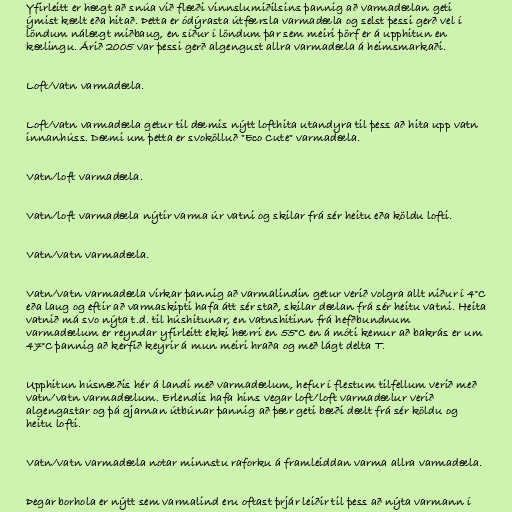
Yfirleitt er hægt að snúa við flæði vinnslumiðilsins þannig að varmadælan geti
ýmist kælt eða hitað. Þetta er ódýrasta útfærsla varmadæla og selst þessi gerð vel í
löndum nálægt miðbaug, en síður í löndum þar sem meiri þörf er á upphitun en
kælingu. Árið 2005 var þessi gerð algengust allra varmadæla á heimsmarkaði.

Loft/vatn varmadæla.

Loft/vatn varmadæla getur til dæmis nýtt lofthita utandyra til þess að hita upp vatn
innanhúss. Dæmi um þetta er svokölluð "Eco Cute" varmadæla.

Vatn/loft varmadæla.

Vatn/loft varmadæla nýtir varma úr vatni og skilar frá sér heitu eða köldu lofti.

Vatn/vatn varmadæla.

Vatn/vatn varmadæla virkar þannig að varmalindin getur verið volgra allt niður í 4°C
eða laug og eftir að varmaskipti hafa átt sér stað, skilar dælan frá sér heitu vatni. Heita
vatnið má svo nýta t.d. til húshitunar, en vatnshitinn frá hefðbundnum
varmadælum er reyndar yfirleitt ekki hærri en 55°C en á móti kemur að bakrás er um
47°C þannig að kerfið keyrir á mun meiri hraða og með lágt delta T.

Upphitun húsnæðis hér á landi með varmadælum, hefur í flestum tilfellum verið með
vatn/vatn varmadælum. Erlendis hafa hins vegar loft/loft varmadælur verið
algengastar og þá gjarnan útbúnar þannig að þær geti bæði dælt frá sér köldu og
heitu lofti.

Vatn/vatn varmadæla notar minnstu raforku á framleiddan varma allra varmadæla.

Þegar borhola er nýtt sem varmalind eru oftast þrjár leiðir til þess að nýta varmann í